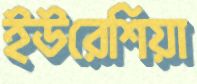
ইউরেশিয়া